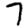
Digit: 7